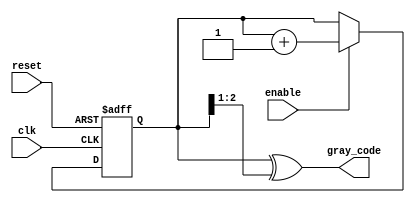
module gray_code_counter (
    input wire clk,          // Clock signal
    input wire reset,        // Asynchronous reset signal
    input wire enable,       // Enable signal for counting
    output reg [n-1:0] gray_code // Output Gray code value
);
    parameter n = 3; // Number of bits for the Gray code counter (adjust as needed)

    reg [n-1:0] binary_count; // Binary counter to derive Gray code

    // Binary to Gray code conversion
    function [n-1:0] binary_to_gray;
        input [n-1:0] binary;
        begin
            binary_to_gray = binary ^ (binary >> 1);
        end
    endfunction

    always @(posedge clk or posedge reset) begin
        if (reset) begin
            binary_count <= 0; // Initialize binary count to 0
        end else if (enable) begin
            binary_count <= binary_count + 1; // Increment binary count
        end
    end

    always @(*) begin
        gray_code = binary_to_gray(binary_count); // Convert binary to Gray code
    end

endmodule